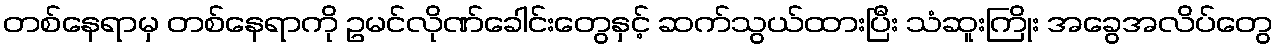
တစ်နေရာမှ တစ်နေရာကို ဥမင်လိုဏ်ခေါင်းတွေနှင့် ဆက်သွယ်ထားပြီး သံဆူးကြိုး အခွေအလိပ်တွေ